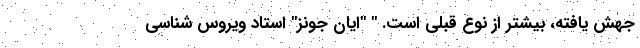
جهش یافته، بیشتر از نوع قبلی است. " "ایان جونز" استاد ویروس شناسی